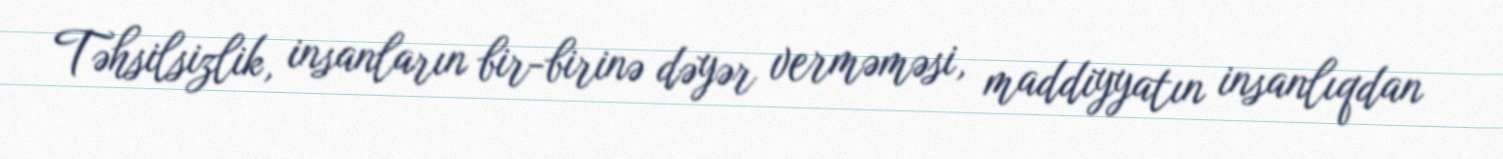
Təhsilsizlik, insanların bir-birinə dəyər verməməsi, maddiyyatın insanlıqdan